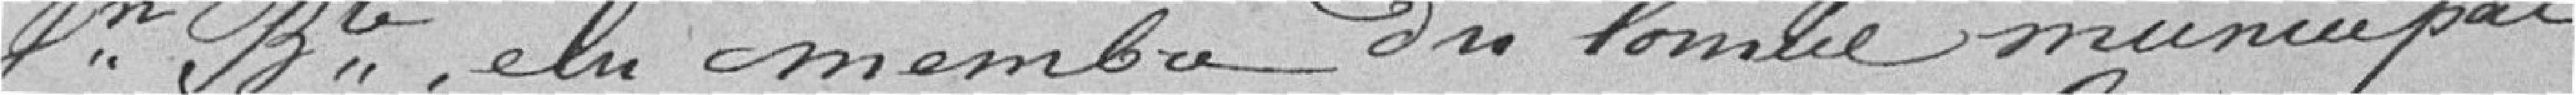
Jean-Baptiste, élu membre du conseil municipal